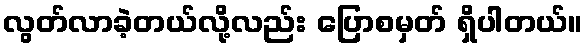
လွတ်လာခဲ့တယ်လို့လည်း ပြောစမှတ် ရှိပါတယ်။